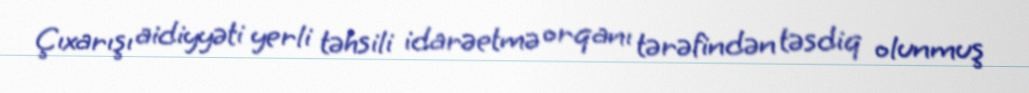
Çıxarışı aidiyyəti yerli təhsili idarəetmə orqanı tərəfindən təsdiq olunmuş